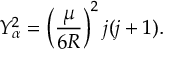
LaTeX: Y _ { \alpha } ^ { 2 } = \left( \frac { \mu } { 6 R } \right) ^ { 2 } j ( j + 1 ) .